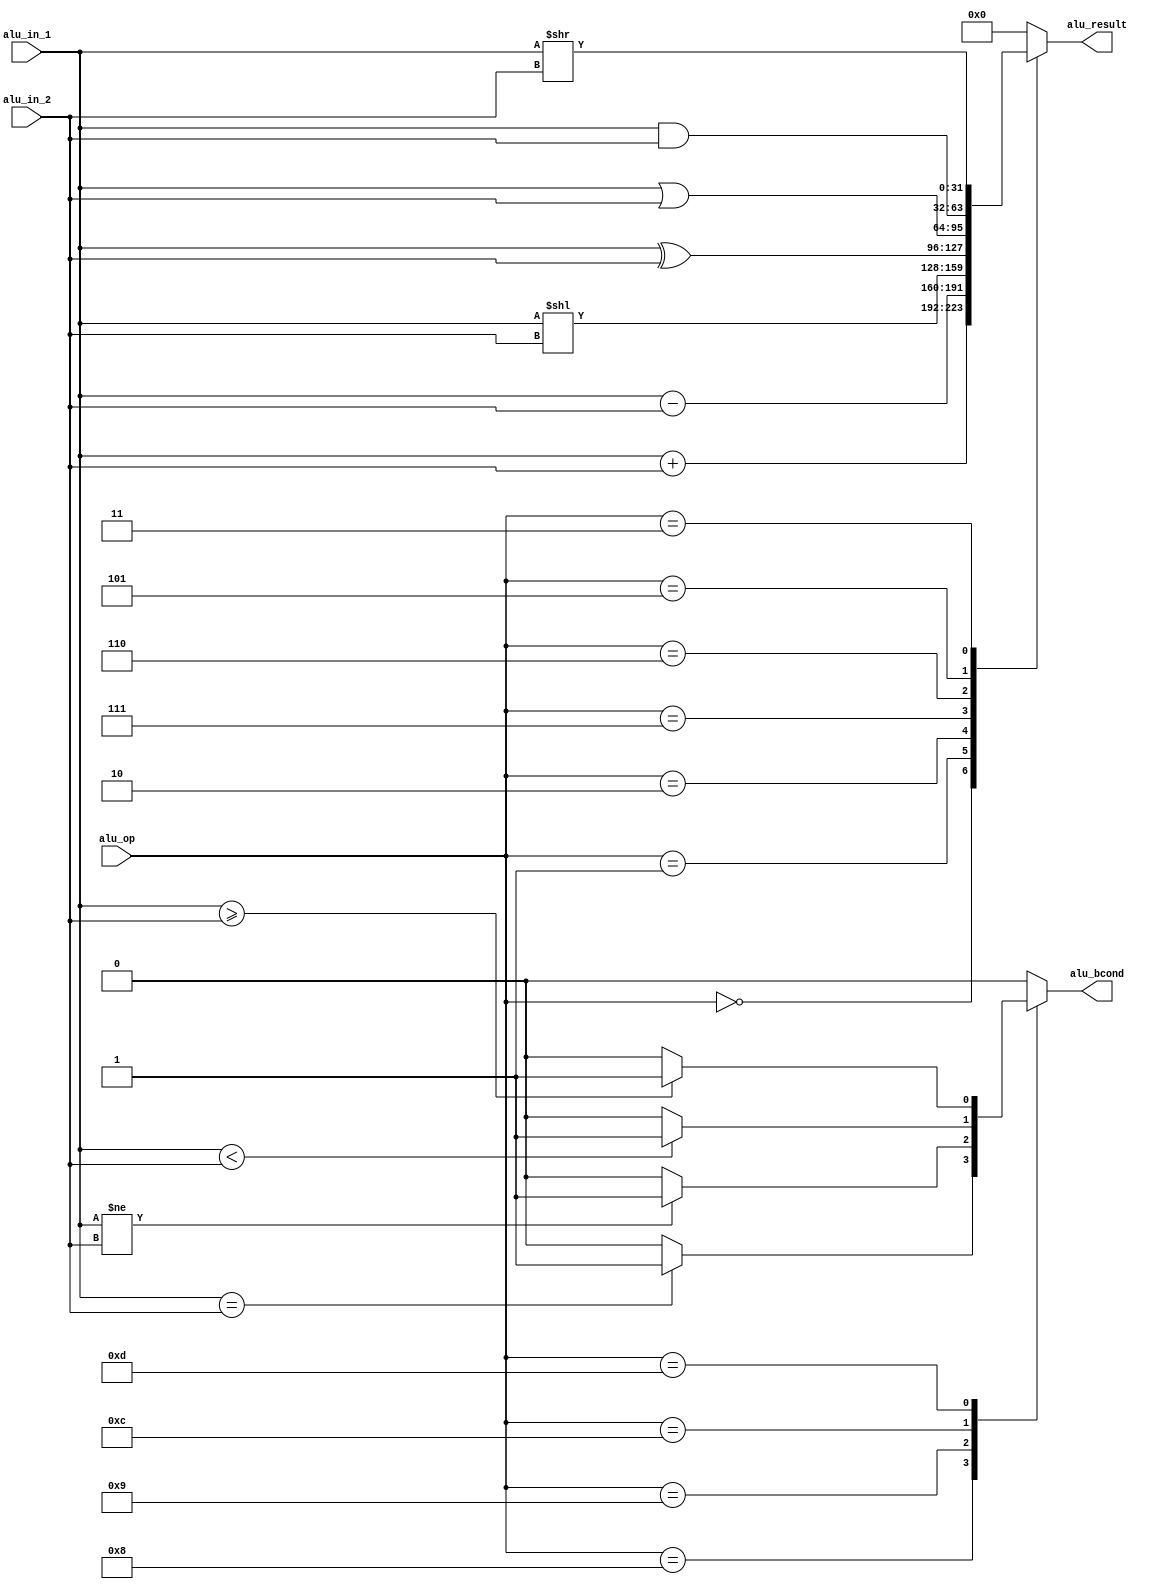
`timescale 1ns / 1ps
//////////////////////////////////////////////////////////////////////////////////
// Company: 
// Engineer: 
// 
// Design Name: 
// Module Name: ALU
// Project Name: 
// Target Devices: 
// Tool Versions: 
// Description: 
// 
// Dependencies: 
// 
// Revision:
// Revision 0.01 - File Created
// Additional Comments:
// 
//////////////////////////////////////////////////////////////////////////////////


module ALU(
    alu_op,      // input
    alu_in_1,    // input  
    alu_in_2,    // input
    alu_result,  // output
    alu_bcond    // output
    );
    input [3:0] alu_op;     // input(whole instruction x)
    input [31:0] alu_in_1;    // input  
    input [31:0] alu_in_2;    // input
    output reg [31:0] alu_result;  // output
    output reg alu_bcond;    // output
    
    always @(*) begin
        alu_result = 0;
        alu_bcond = 0;
        case(alu_op)
            4'b0000 : alu_result = alu_in_1 + alu_in_2;
            4'b0001 : alu_result = alu_in_1 - alu_in_2;
            4'b0010 : alu_result = alu_in_1 << alu_in_2;
            4'b0111 : alu_result = alu_in_1 ^ alu_in_2;
            4'b0110 : alu_result = alu_in_1 | alu_in_2;
            4'b0101 : alu_result = alu_in_1 & alu_in_2;
            4'b0011 : alu_result = alu_in_1 >> alu_in_2;
            
            4'b1000 : begin // BEQ
                if(alu_in_1 == alu_in_2) alu_bcond = 1;            
                else alu_bcond = 0;    
            end
            4'b1001 : begin // BNE
                if(alu_in_1 != alu_in_2) alu_bcond = 1;
                else alu_bcond = 0;
            end
            4'b1100 : begin
                if(alu_in_1 < alu_in_2) alu_bcond = 1;
                else alu_bcond = 0;
            end
            4'b1101 : begin
                if(alu_in_1 >= alu_in_2) alu_bcond = 1;
                else alu_bcond = 0;
            end
        endcase
    end
    
endmodule